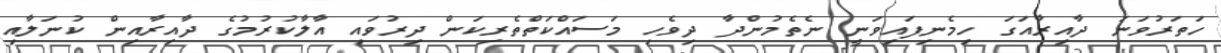
ހަތަރުވަނަ ދާއިރާއަގަ ހިމެނިފައިވަނީ ނެތެމުންދާ ދިވެހި މަސައްކަތްތެރިކަން ދިރުވައި އާލާކުރުމުގެ ދާއިރާއިން ކުނަލާއި